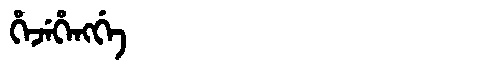
Manchu: ᡥᡝᠵᡝᡥᡝᠩᡤᡝ
Romanization: HEJEHENGGE